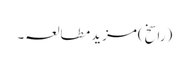
(راسخ)مزید مطالعہ۔